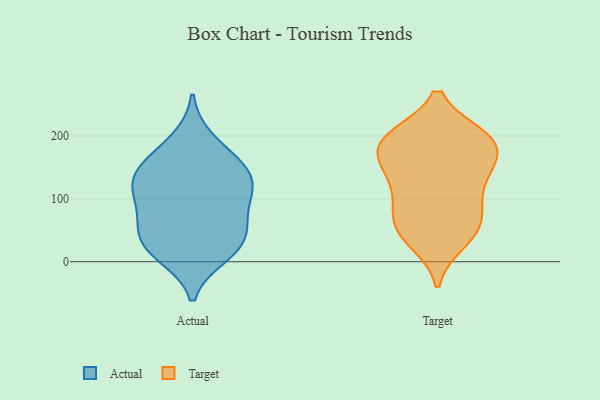
{"axis": {"x": "Shipments", "y": "Value"}, "legend": ["Actual", "Target"], "data": [{"x": "", "y": 135, "type": "Actual"}, {"x": "", "y": 158, "type": "Actual"}, {"x": "", "y": 73, "type": "Actual"}, {"x": "", "y": 22, "type": "Actual"}, {"x": "", "y": 50, "type": "Actual"}, {"x": "", "y": 11, "type": "Actual"}, {"x": "", "y": 88, "type": "Actual"}, {"x": "", "y": 44, "type": "Actual"}, {"x": "", "y": 129, "type": "Actual"}, {"x": "", "y": 114, "type": "Actual"}, {"x": "", "y": 22, "type": "Actual"}, {"x": "", "y": 156, "type": "Actual"}, {"x": "", "y": 118, "type": "Actual"}, {"x": "", "y": 193, "type": "Actual"}, {"x": "", "y": 93, "type": "Target"}, {"x": "", "y": 43, "type": "Target"}, {"x": "", "y": 55, "type": "Target"}, {"x": "", "y": 60, "type": "Target"}, {"x": "", "y": 197, "type": "Target"}, {"x": "", "y": 194, "type": "Target"}, {"x": "", "y": 133, "type": "Target"}, {"x": "", "y": 121, "type": "Target"}, {"x": "", "y": 177, "type": "Target"}, {"x": "", "y": 195, "type": "Target"}, {"x": "", "y": 196, "type": "Target"}, {"x": "", "y": 189, "type": "Target"}, {"x": "", "y": 152, "type": "Target"}, {"x": "", "y": 34, "type": "Target"}, {"x": "", "y": 150, "type": "Target"}, {"x": "", "y": 80, "type": "Target"}]}